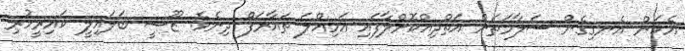
އެކަން އެނގިގެން ސަލާމަތަށް އަތްދިއްކޮށްލާފައި އަމިއްލަ ތައާރަފް ދިނެވެ. ޒޫޝީ ބަލައިލީ ކައިރީހުރި